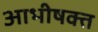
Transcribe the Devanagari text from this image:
आभीषक्त